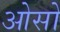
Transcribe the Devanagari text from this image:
ओसो